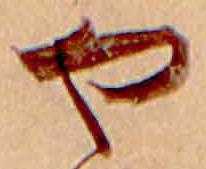
や